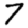
Digit: 7